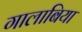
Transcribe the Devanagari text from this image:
गालाबिया